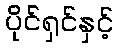
ပိုင်ရှင်နှင့်